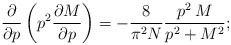
\begin{align*} \frac{\partial}{\partial p} \left( p^2 \frac{\partial M}{\partial p}\right) = -\frac{8}{\pi^2 N} \frac{p^2 \, M}{p^2+M^2};\end{align*}